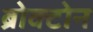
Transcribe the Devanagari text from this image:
ब्रोक्टोन